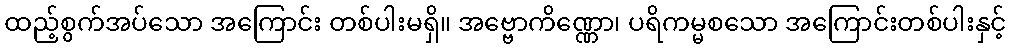
ထည့်စွက်အပ်သော အကြောင်း တစ်ပါးမရှိ။ အဗ္ဗောကိဏ္ဏော၊ ပရိကမ္မစသော အကြောင်းတစ်ပါးနှင့်